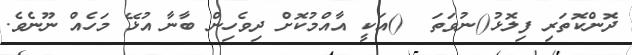
ދޮންކޮތަރި ފިލޮޅު()ނުވަތަ  ()އަކީ އާއްމުކޮށް ދިވެހިން ބާނާ އުޅޭ މަހެއް ނޫނެވެ.